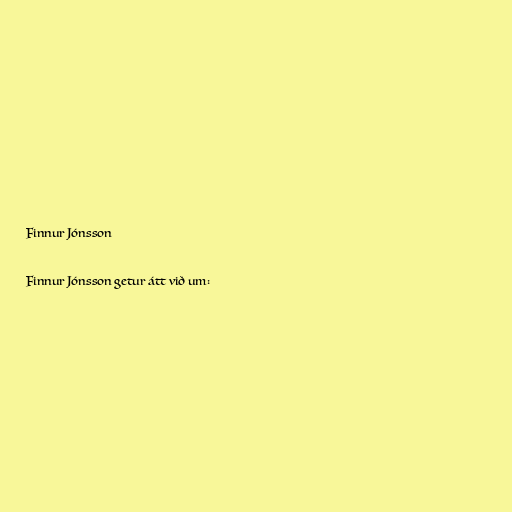
Finnur Jónsson

Finnur Jónsson getur átt við um: